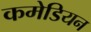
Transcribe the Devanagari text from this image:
कमेडियन